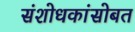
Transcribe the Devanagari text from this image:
संशोधकांसोबत